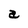
Character: a